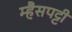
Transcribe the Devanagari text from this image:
म्हैसपट्टी